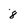
Character: 8